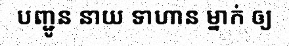
បញ្ជូន នាយ ទាហាន ម្នាក់ ឲ្យ